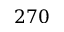
2 7 0